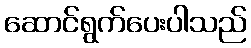
ဆောင်ရွက်ပေးပါသည်